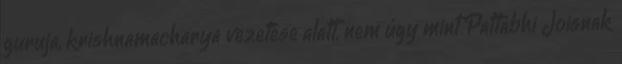
guruja, krishnamacharya vezetése alatt, nem úgy mint Pattabhi Joisnak